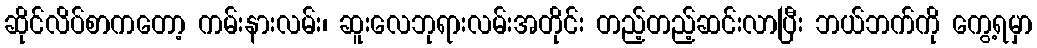
ဆိုင်လိပ်စာကတော့ ကမ်းနားလမ်း၊ ဆူးလေဘုရားလမ်းအတိုင်း တည့်တည့်ဆင်းလာပြီး ဘယ်ဘက်ကို ကွေ့ရမှာ